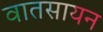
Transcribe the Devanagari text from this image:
वातसायन